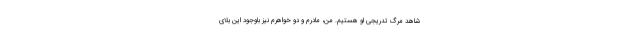
شاهد مرگ تدریجی او هستیم. من، مادرم و دو خواهرم نیز باوجود این بلای